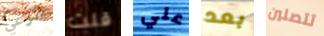
انزعي قلت علي بعد تتصلين